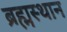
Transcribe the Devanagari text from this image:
ब्रह्मस्थान